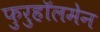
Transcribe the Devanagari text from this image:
फुरुहॉलमेन